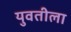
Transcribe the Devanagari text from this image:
युवतीला